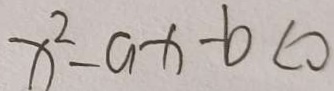
x ^ { 2 } - a x - b < 0